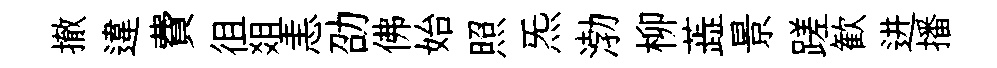
撤違費徂爼恚劭佛始照炁渤柳蕋景蹉歓进播